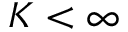
K < \infty